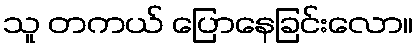
သူ တကယ် ပြောနေခြင်းလော။